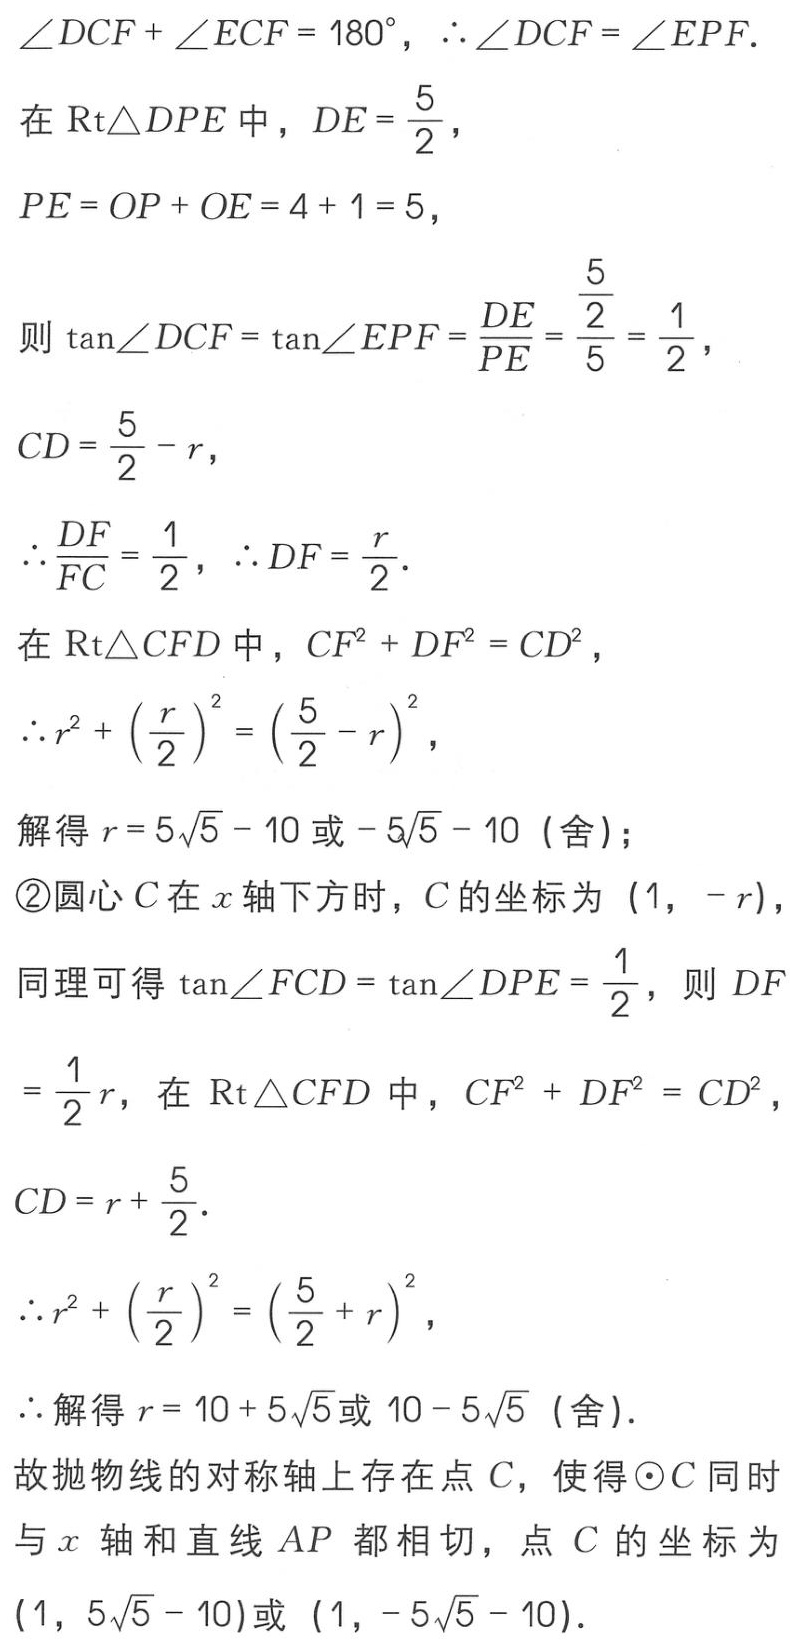
\(\angle DCF + \angle ECF = 180^{\circ}, \therefore \angle DCF = \angle EPF.\)
在\(\text{Rt}\triangle DPE\)中，\(DE = \frac{5}{2}\)，
\(PE = OP + OE = 4 + 1 = 5\)，
则\(\tan\angle DCF = \tan\angle EPF=\frac{DE}{PE}=\frac{\frac{5}{2}}{5}=\frac{1}{2}\)，
\(CD = \frac{5}{2}-r\)，
\(\therefore\frac{DF}{FC}=\frac{1}{2}, \therefore DF = \frac{r}{2}.\)
在\(\text{Rt}\triangle CFD\)中，\(CF^{2}+DF^{2}=CD^{2}\)，
\(\therefore r^{2}+\left(\frac{r}{2}\right)^{2}=\left(\frac{5}{2}-r\right)^{2}\)，
解得\(r = 5\sqrt{5}-10\)或\(-5\sqrt{5}-10\)（舍）；
\textcircled{2}圆心\(C\)在\(x\)轴下方时，\(C\)的坐标为\((1, -r)\)，
同理可得\(\tan\angle FCD = \tan\angle DPE=\frac{1}{2}\)，则\(DF\)
\(=\frac{1}{2}r\)，在\(\text{Rt}\triangle CFD\)中，\(CF^{2}+DF^{2}=CD^{2}\)，
\(CD = r+\frac{5}{2}.\)
\(\therefore r^{2}+\left(\frac{r}{2}\right)^{2}=\left(\frac{5}{2}+r\right)^{2}\)，
\(\therefore\)解得\(r = 10 + 5\sqrt{5}\)或\(10 - 5\sqrt{5}\)（舍）.
故抛物线的对称轴上存在点\(C\)，使得\(\odot C\)同时
与\(x\)轴和直线\(AP\)都相切，点\(C\)的坐标为
\((1, 5\sqrt{5}-10)\)或\((1, - 5\sqrt{5}-10)\).